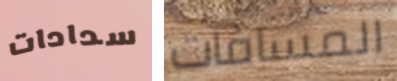
سدادات المسافات